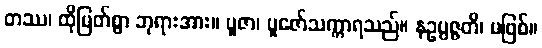
တဿ၊ ထိုမြတ်စွာ ဘုရားအား။ ပူဇာ၊ ပူဇော်သက္ကာရသည်။ နဥပ္ပဇ္ဇတိ၊ မဖြစ်။